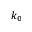
k _ { 0 }